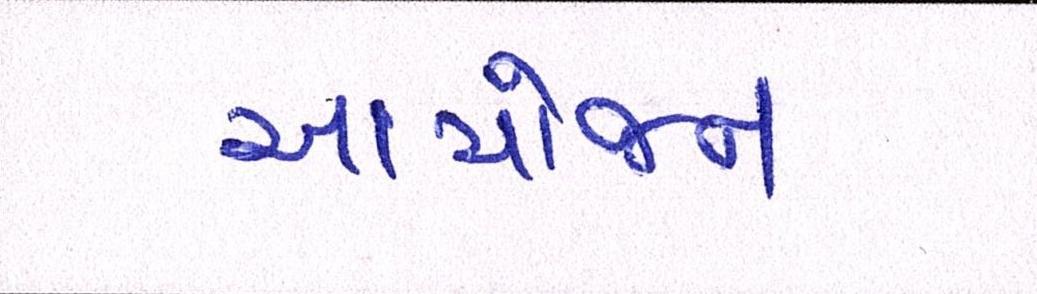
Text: આયોજન